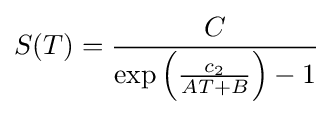
S(T)={\frac {C}{\exp \left({\frac {c_{2}}{AT+B}}\right)-1}}